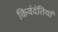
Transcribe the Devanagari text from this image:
किवंदंतियां